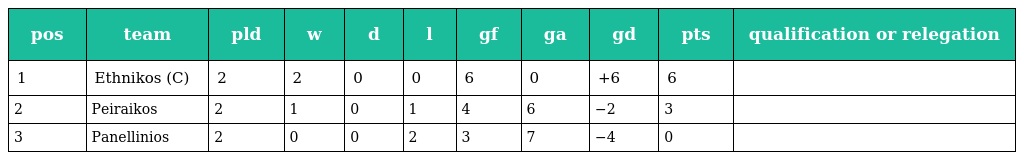
| pos | team | pld | w | d | l | gf | ga | gd | pts | qualification or relegation |
 | --- | --- | --- | --- | --- | --- | --- | --- | --- | --- | --- |
 | 1 | Ethnikos (C) | 2 | 2 | 0 | 0 | 6 | 0 | +6 | 6 |  |
 | 2 | Peiraikos | 2 | 1 | 0 | 1 | 4 | 6 | −2 | 3 |  |
 | 3 | Panellinios | 2 | 0 | 0 | 2 | 3 | 7 | −4 | 0 |  |